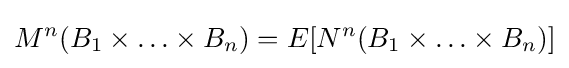
M^{n}(B_{1}\times \ldots \times B_{n})=E[{N}^{n}(B_{1}\times \ldots \times B_{n})]